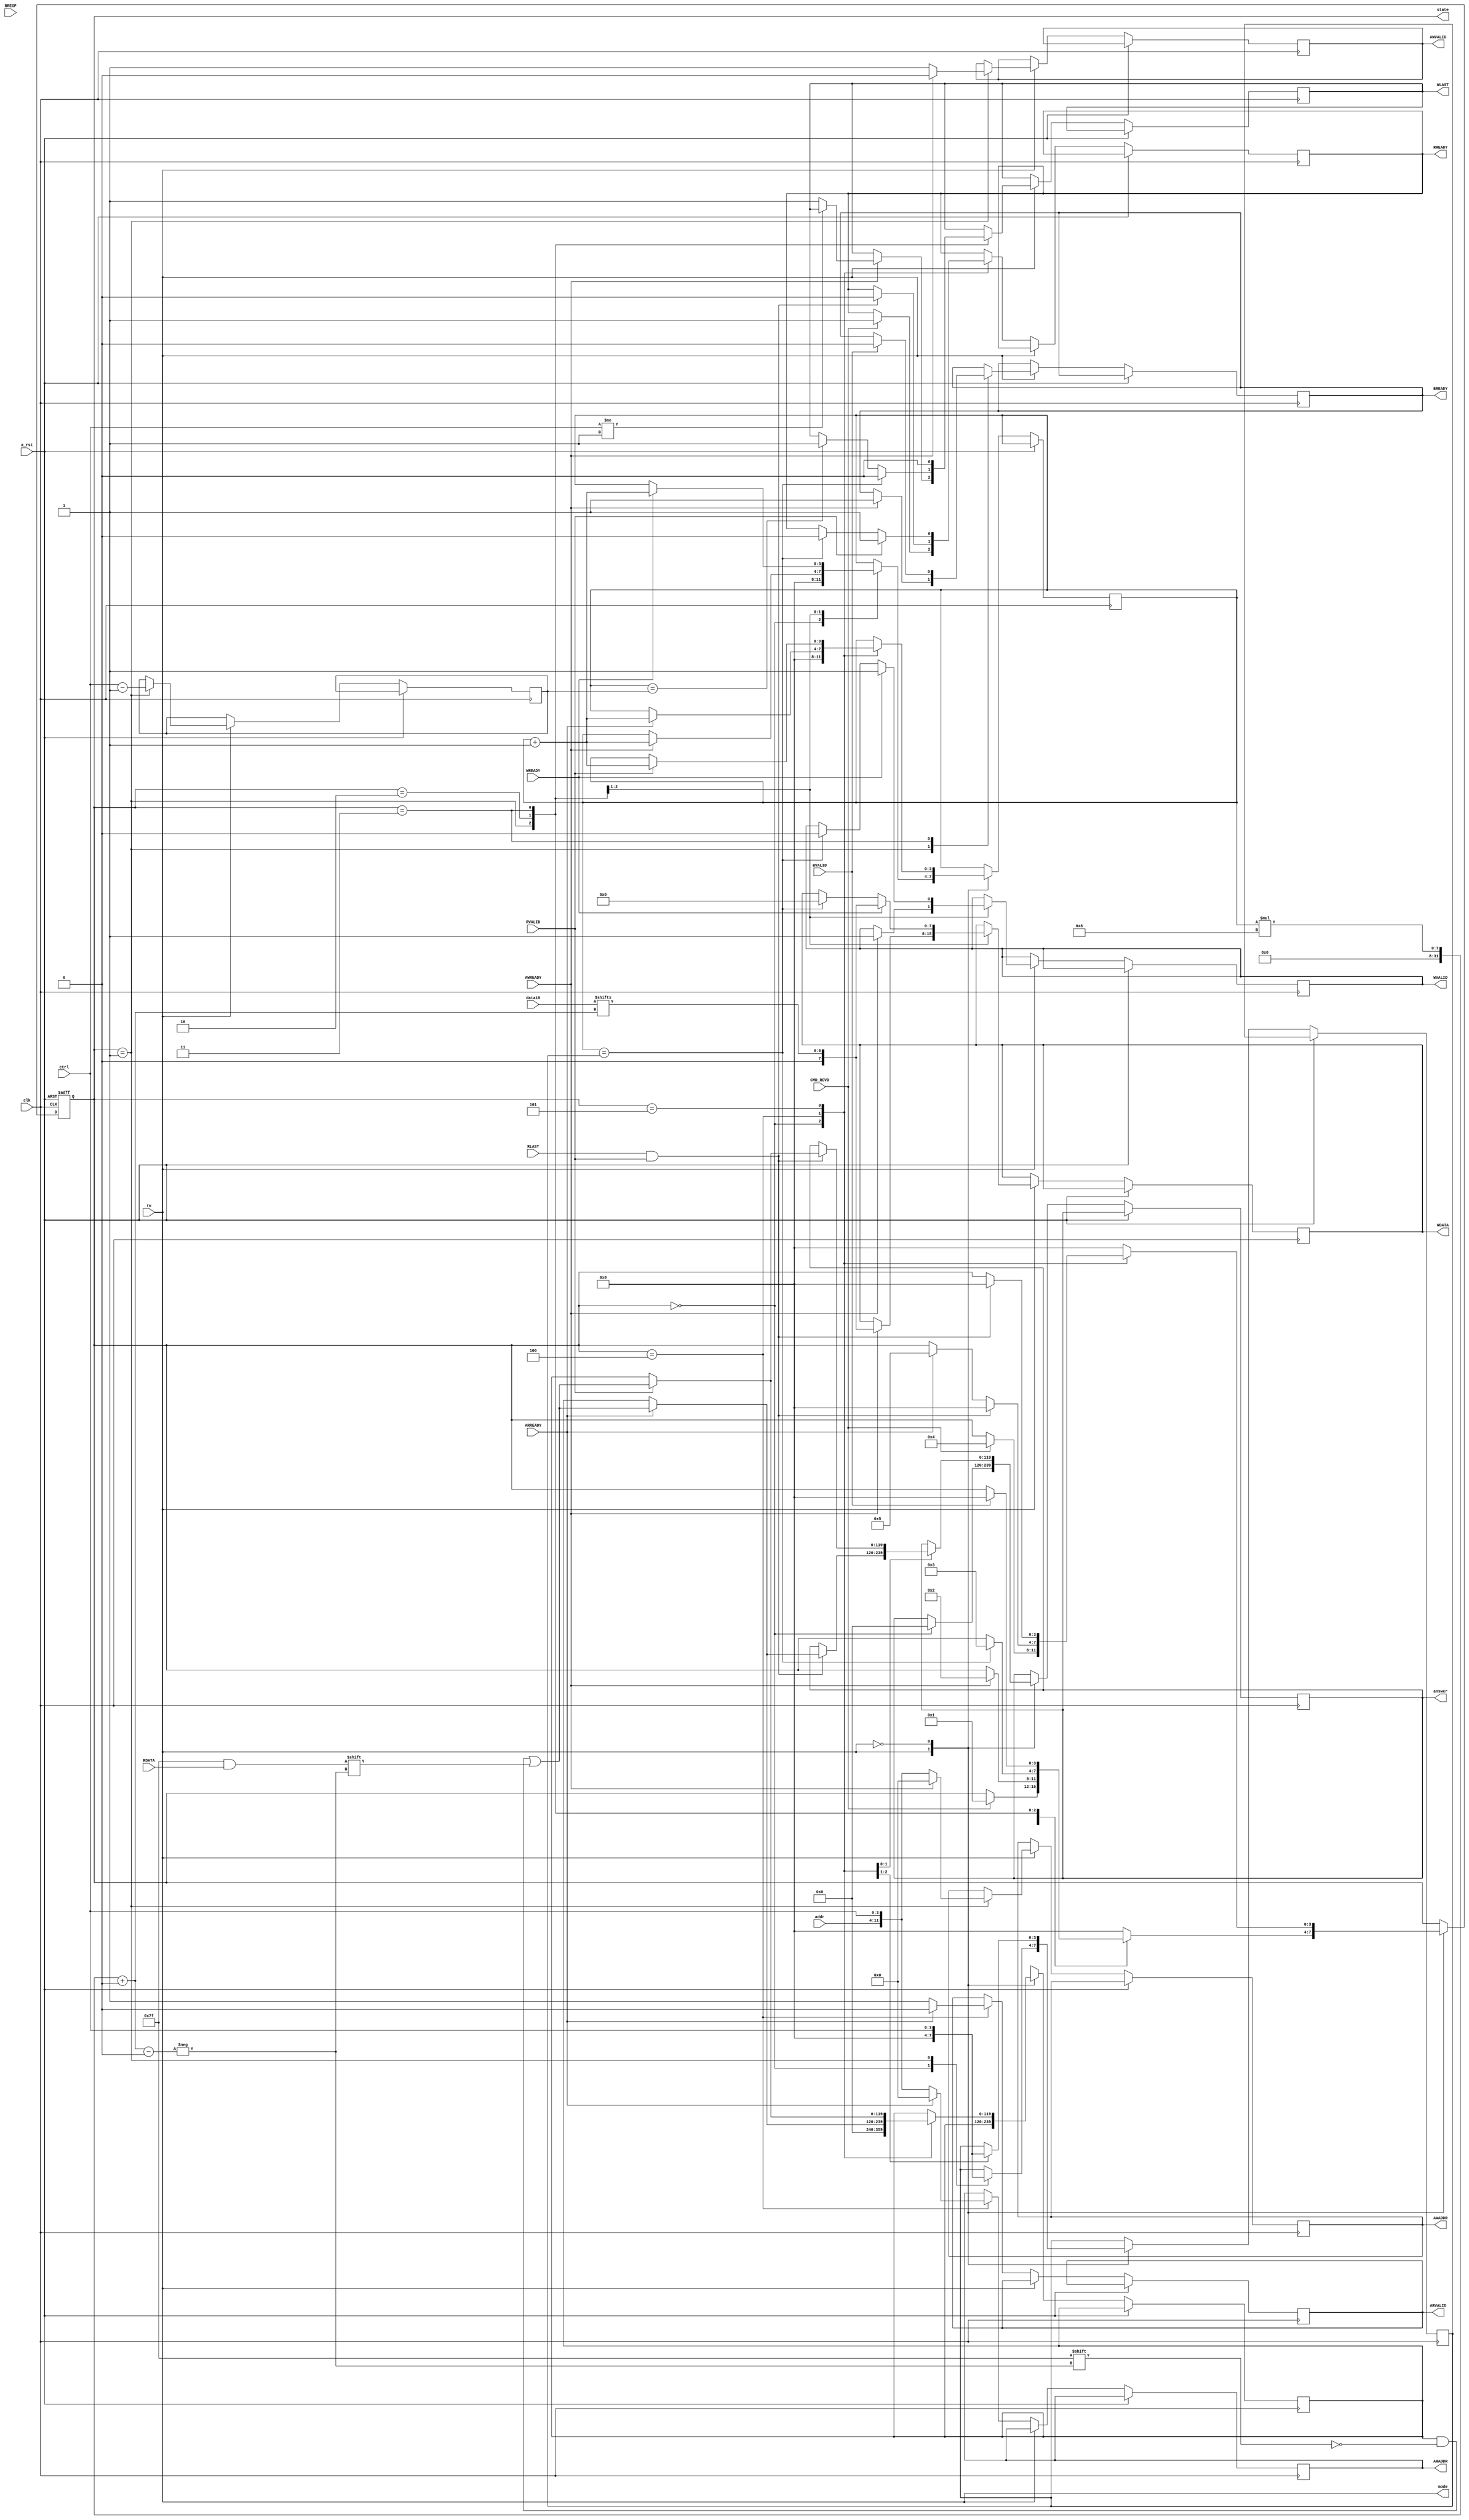

`timescale 1 ns / 1 ps

module master
(

input CMD_RCVD,
input clk, 
input a_rst,
input [7:0] addr,
input [3:0] ctrl,
input [119:0] data15, 
input rw,
output mode, //0 for read, 1 for write

input AWREADY, 
input WREADY,
input BVALID,
input BRESP,

input ARREADY,
input RVALID,
input [7:0] RDATA,

output reg AWVALID, 
output reg WVALID,
output reg BREADY,
output reg [11:0] AWADDR, //storing 12-bit values, depth of 16
output reg [11:0] ARADDR,
output reg [7:0] WDATA,

output reg ARVALID,
output reg RREADY,

output reg [119:0] answer,
input RLAST,
output reg WLAST,
output reg [3:0] state
);

//reg [3:0] state; 
reg [3:0] I; //iterator
reg [3:0] N; //index through address
reg [3:0] N2; //second to last address
//reg [7:0] MEMORY[255:0]; 
//reg [7:0] ADDR; //8 bit address 
 
reg [4:0] L; //at most, 16
reg [3:0] L2; //at most, 15
reg flag;
wire BURST;
reg [119:0] preanswer;

localparam 
	IDLE = 4'b0000, 
	WADDR = 4'b0001, 
	WDATAST = 4'b0010,
	WRES = 4'b0011, 
	RADDR = 4'b0100, 
	RDATAST = 4'b0101,
	RRES = 4'b0110, 
	OK = 1'b1,  
	READ = 1'b0, 
	WRITE = 1'b1;   


//note that the testbench needs to deassert reset SYNC
always @(posedge clk, posedge a_rst) 
  begin
    if (a_rst) 
     begin 
			state <= IDLE; 
		 end 
		else 
	   begin
	   	case(mode)
	   		WRITE:
	   		 begin
			   	case(state)
			   		IDLE: 
			   		 begin
			   		 	N <= 0; 
			   		 	I <= 0;
			   		 	answer <= 0;
			   		 	if (CMD_RCVD)
			   		 		state <= WADDR; 
			   		 end 
			   		WADDR: 
			   		 begin
			   		 	N <= ctrl;
							N2 <= ctrl - 1; 
							AWADDR <= {addr,ctrl};
							AWVALID <= 1;
							if(AWREADY==1) begin
						    WDATA <= data15[I*8 +: 7];
						    I <= I + 1; // get this to run for the right number of times and youre good
						    WVALID <= 1;
						    AWADDR <= 0;
						    AWVALID <= 0;
						    BREADY <= 1;
						    if(~BURST)
						    	WLAST <= 1;
						  end

						  if(AWREADY)
			   		 		state <= WDATAST;
			   		 end 
			   		WDATAST: 
			   		 begin
			   		 	if(I == N) begin
						    WLAST <= 0;
						    WVALID <= 0;
						    WDATA <= 0;
						  end
							else if(I == N2) begin
						    WLAST <= 1;
						  end
							if(WREADY == 1) begin // only up for one clock so don?t need to worry about doing this twice on accident
						    I <= I + 1;
						    WDATA <= data15[I*8 +: 7];
						    WVALID <= 1;
    					end

			   		 	if (I == N)
			   		 		state <= WRES;
			   		 end
			   		WRES: 
			   		 begin
			   		 	if(BVALID == 1)
			   		 		BREADY <= 0;
			   		 	WLAST <= 0;
			   		 	
			   		 	if(BVALID == 1)
			   		 		state <= IDLE;
			   		 end
			   		default: state <= IDLE; 
			   	endcase 
			   end
			 	READ: 
			 	 begin
			 	 	case(state)
			 	 		IDLE:
			 	 		 begin
			 	 		 	N <= 0; 
			   		 	I <= 0;
			   		 	preanswer <= 0;
							if (CMD_RCVD)
								RREADY <= 1;
			 	 		 	if (CMD_RCVD)
			 	 		 		state <= RADDR;
			 	 		 end 
			 	 		RADDR:
			 	 		 begin
			 	 			ARADDR <= {addr,ctrl};
							ARVALID <= 1;
							N <= ctrl;
							if(ARREADY==1) begin
							    preanswer[I*8 +: 7] = RDATA; // timing on this is off
							    I <= I + 1;
							    ARADDR <= 0;
							    ARVALID <= 0;
							end

							if (ARREADY)
								state <= RDATAST;
							if ((RLAST == 1) & (RVALID == 1)) begin
								RREADY <= 0;
			 	 		 		answer <= preanswer;
			 	 		 	end
			 	 		 	if ((RLAST == 1) & (RVALID == 1))
			 	 		 		state <= IDLE; 
			 	 		 end
			 	 		RDATAST:
			 	 		 begin
			 	 		 	if(I == N)
							  RREADY <= 0;
							if (RVALID == 1) begin
						    I <= I + 1;
						    preanswer[I*8 +: 7] = RDATA;
						    RREADY <= 1;
						  end
						  if ((RLAST == 1) & (RVALID == 1))
						  	answer <= preanswer;

			 	 		 	if ((RLAST == 1) & (RVALID == 1))
			 	 		 		state <= IDLE; 
			 	 		 end
			 	 		 default: state <= IDLE;
			 	 	endcase
			 	 end
		   endcase
	   end 
  end

  // equate mode to rw from tb
  assign mode = rw;
  assign BURST = (ctrl != 1);
endmodule